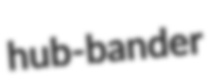
hub-bander